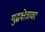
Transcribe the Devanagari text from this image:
युद्धक्षेत्रावर